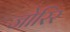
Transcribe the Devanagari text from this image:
जोरिर